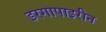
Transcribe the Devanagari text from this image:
इरगापाइरीन